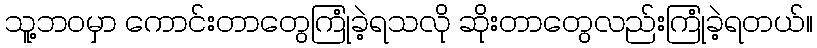
သူ့ဘဝမှာ ကောင်းတာတွေကြုံခဲ့ရသလို ဆိုးတာတွေလည်းကြုံခဲ့ရတယ်။